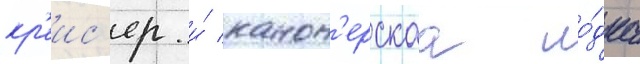
кр'еис'ер и́ канон'ерскаа ло́дка